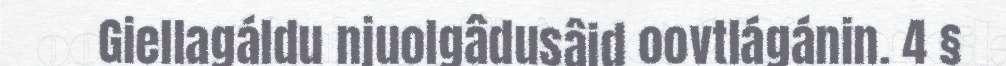
Giellagáldu njuolgâdusâid oovtlágánin. 4 §